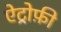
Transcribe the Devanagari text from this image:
ऐट्रोफ़ी